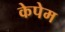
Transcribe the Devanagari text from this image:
केपेम